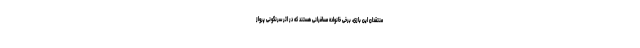
منتقدان این بازی، برخی خانواده‌ مسافرانی هستند که در اثر سرنگونی پرواز